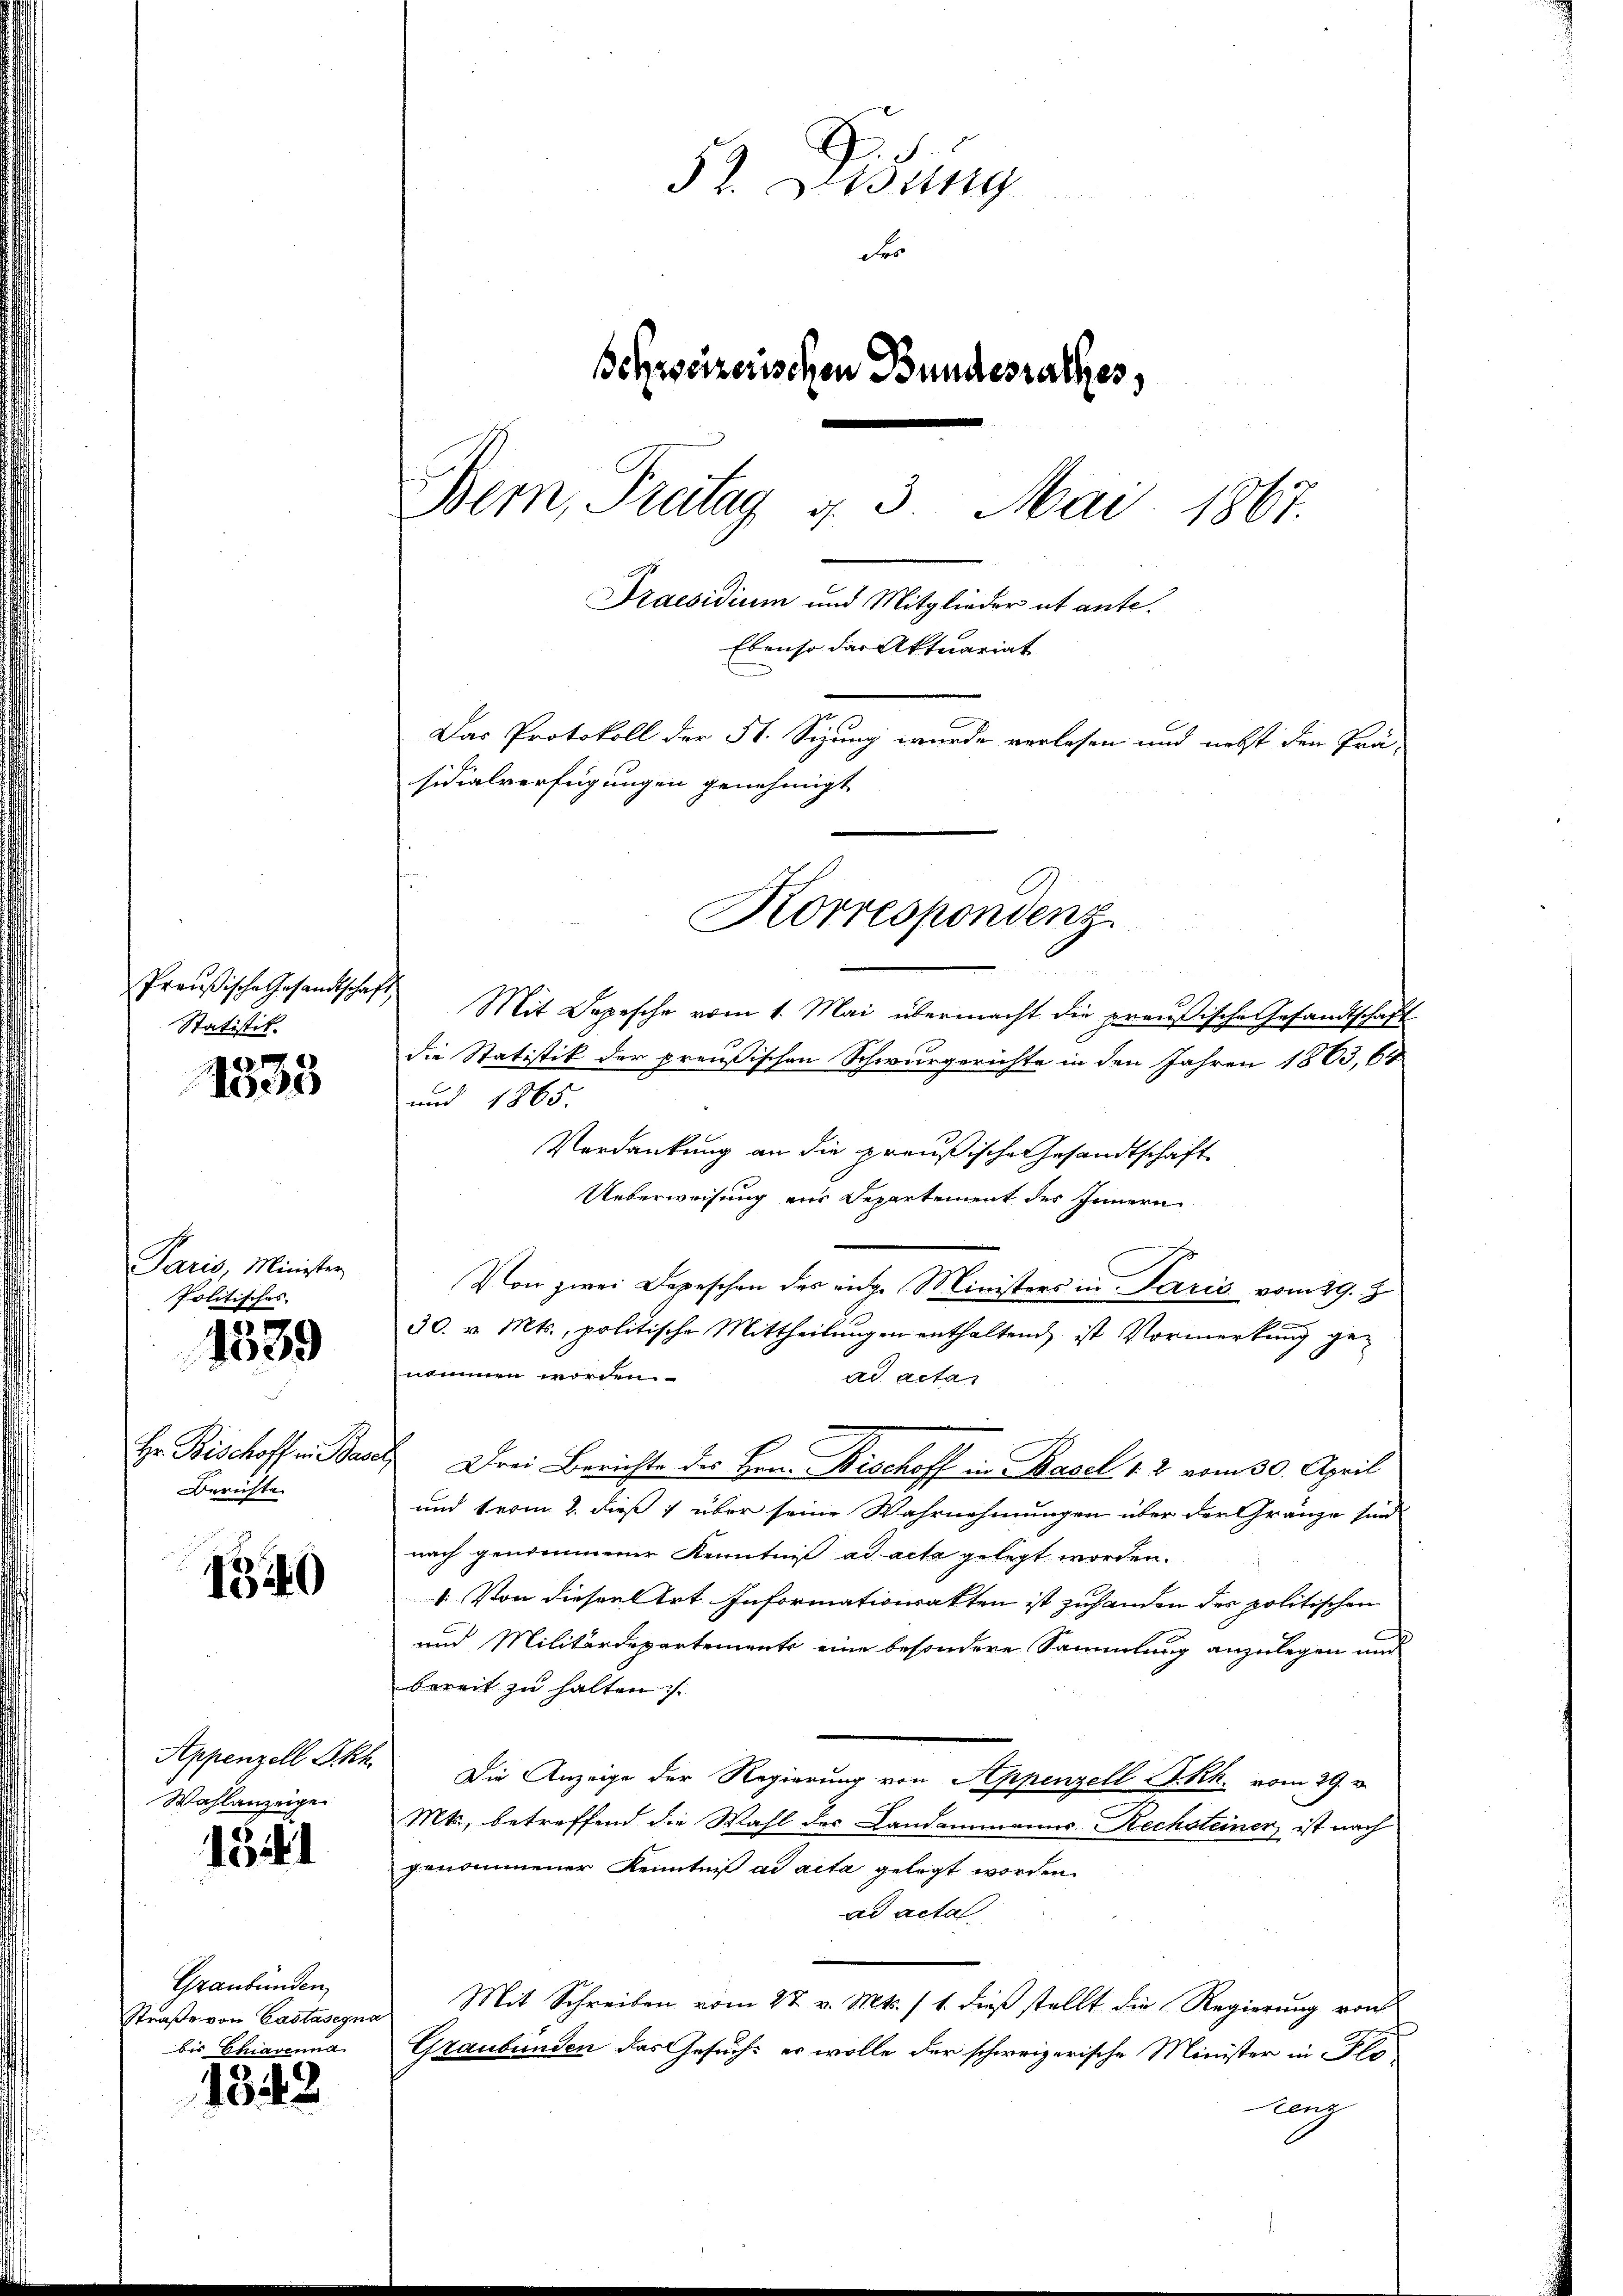
Statistik.

1533

Paris, Minister,
Politisches.
1539

Berichte.

1340

Wahlanzeige

1541

Preußische Gesandtschaft Mit Depesche vom 1. Mai übermacht die preußische Gesandtschaft
die Statistik der preußischen Schwurgerichte in den Jahren 1863, 64
und 1865.
Verdankung an die preußische Gesandtschaft
Ueberweisung aus Departement des Innern
Von zwei Depeschen des eige Ministers in Paris vom 29. 8
30. v. Mts., politische Mittheilungen enthaltend, ist Vormerkung genommen worden.
ad acta
e
Hr. Bischoff in Basel Drei Berichte des Hrn. Bischoff in Basel 1. 2 vom 30. April
und term 2. dieß 1 über seine Wahrnehmungen über der Gränze sind
nach genommener Kenntnis ad acta gelegt worden.
1. Von diesen Art Informationsakten ist zuhanden der politischen
und Militärdepartements eine besondere Sammlung anzulegen und
bereit zu halten is
Appenzell Pkt. Die Anzeige der Regierung von Appenzell I.Rh. vom 29. v.
Mts., betreffend die Wahl des Landammanns Rechsteiner ist nach
genommener Kenntniß ad acta gelegt worden.
ad acta,
Mit Schreiben vom 27. v. Mts. 11. dieß stellt die Regierung von
Graubünden das Gesuchs er wolle der schweizerische Minister in Flo
lang

Graubünden,
Straße von Castasegna
bis Chiavenna

1342

52. Disung
der
Schweizerischen Bundesrathes,
Bern, Freitag d. 3. Mai 1867.
Praesidium und Mitglieder et ante¬
Ebenso das Aktuariat
Das Protokoll der St. Sizung wurde verlesen und nebst den Tra-
sidialverfügungen genehmigt

Korrespondenz